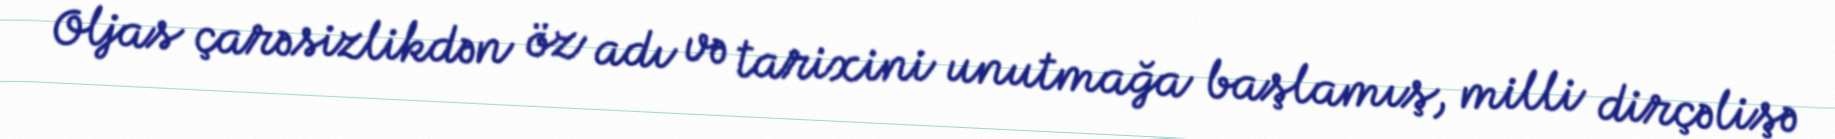
Oljas çarəsizlikdən öz adı və tarixini unutmağa başlamış, milli dirçəlişə